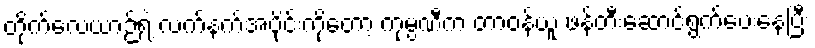
တိုက်လေယာဉ်ရဲ့ လက်နက်အပိုင်းကိုတော့ ကုမ္ပဏီက တာဝန်ယူ ဖန်တီးဆောင်ရွက်ပေးနေပြီး